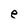
Character: e